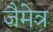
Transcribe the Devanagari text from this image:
जैमेत्र